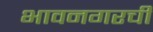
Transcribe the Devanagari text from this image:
भावनगरची